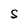
Character: S